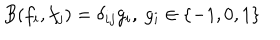
B ( f _ { i } , f _ { j } ) = \delta _ { i j } g _ { i } , \ g _ { i } \in \{ - 1 , 0 , 1 \}